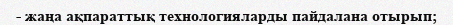
- жаңа ақпараттық технологияларды пайдалана отырып;